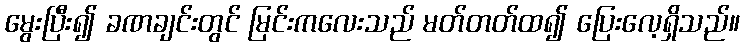
မွေးပြီး၍ ခဏချင်းတွင် မြင်းကလေးသည် မတ်တတ်ထ၍ ပြေးလေ့ရှိသည်။